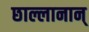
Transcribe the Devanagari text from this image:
छाल्लानान्